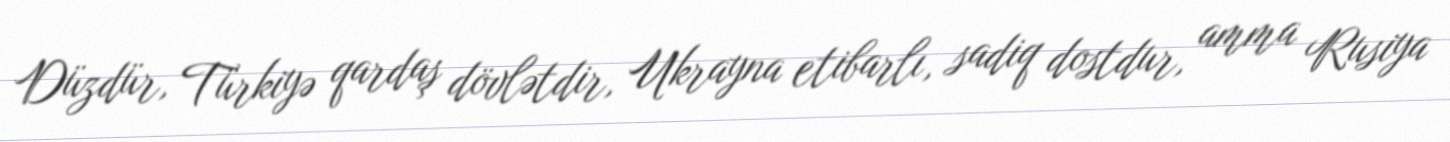
Düzdür, Türkiyə qardaş dövlətdir, Ukrayna etibarlı, sadiq dostdur, amma Rusiya